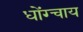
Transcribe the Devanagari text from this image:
धोंग्चाय